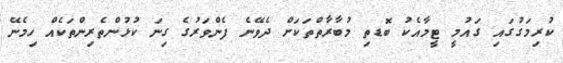
ކުރިމަގުގައި ގައުމީ ޓީމާއެކު ބޮޑތި މުބާރާތްތަކަށް ދެވޭނެ ފެންވަރުގެ ގިނަ ކުޅުންތެރިންތަކެއް ހިމެނޭ